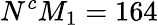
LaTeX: N^{c}M_{1}=164